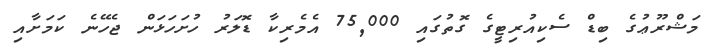
މަޝްރޫޢުގެ ބިޑް ސެކިއުރިޓީގެ ގޮތުގައި 75